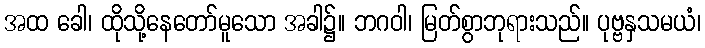
အထ ခေါ၊ ထိုသို့နေတော်မူသော အခါ၌။ ဘဂဝါ၊ မြတ်စွာဘုရားသည်။ ပုဗ္ဗနှသမယံ၊